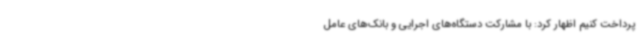
پرداخت کنیم اظهار کرد: با مشارکت دستگاه‌های اجرایی و بانک‌های عامل